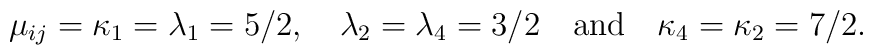
\mu _{ij}=\kappa _{1}=\lambda _{1}=5/2,\quad \lambda _{2}=\lambda_{4}=3/2\quad \mathrm{and\quad }\kappa _{4}=\kappa _{2}=7/2.